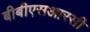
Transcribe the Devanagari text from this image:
बीबीएसआरसी